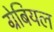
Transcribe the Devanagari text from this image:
ग्रेबियल